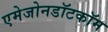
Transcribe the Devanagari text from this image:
एमेजोनडॉटकॉम